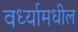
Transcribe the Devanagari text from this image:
वर्ध्यामधील